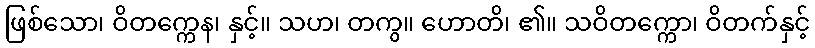
ဖြစ်သော၊ ဝိတက္ကေန၊ နှင့်။ သဟ၊ တကွ။ ဟောတိ၊ ၏။ သဝိတက္ကော၊ ဝိတက်နှင့်